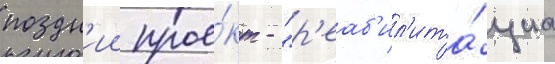
поздн'ии прое́кт - "р'еаб'ил'ита́циа